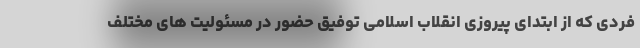
فردی که از ابتدای پیروزی انقلاب اسلامی توفیق حضور در مسئولیت های مختلف